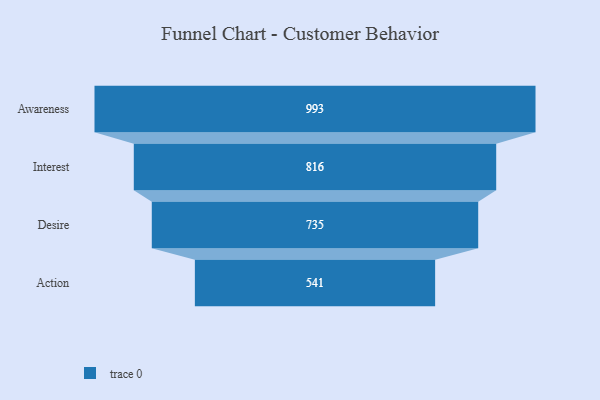
{"axis": {"x": "Stage", "y": "Value"}, "legend": [""], "data": [{"x": "Awareness", "y": 993.0, "type": ""}, {"x": "Interest", "y": 816.0, "type": ""}, {"x": "Desire", "y": 735.0, "type": ""}, {"x": "Action", "y": 541.0, "type": ""}]}